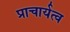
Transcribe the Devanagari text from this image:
प्राचार्यत्व